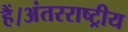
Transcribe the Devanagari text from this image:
हैं।अंतरराष्ट्रीय